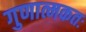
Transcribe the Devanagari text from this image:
गुणात्मकतः